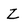
Character: Z